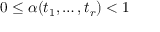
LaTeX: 0 \leq \alpha ( t _ { 1 } , \dots , t _ { r } ) < 1